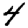
Digit: 4